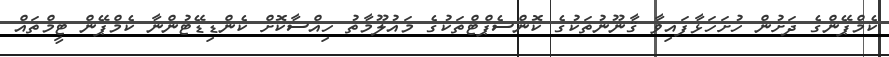
ކެމްޕޭންގެ ދަށުން ހުށަހަޅާފައިވާ ޤާނޫނުތަކުގެ ކޮންސެޕްޓްތަކުގެ މައުލޫމާތު ހިއްސާކޮށް ކެންޑިޑޭޓުންނާ ކެމްޕޭން ޓީމްތައް